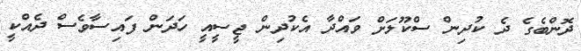
ދޮންބެގެ ދެ ކުދިން ސްކޫލަށް ވައްދާ އެކުދިން ޖީސީއީ ހަދަން ފައިސާވެސް ދެއްކީ